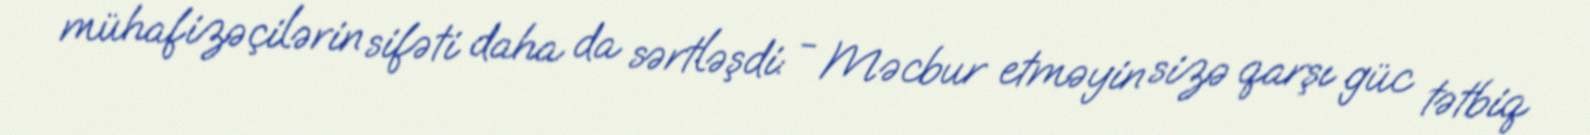
mühafizəçilərin sifəti daha da sərtləşdi: - Məcbur etməyin sizə qarşı güc tətbiq